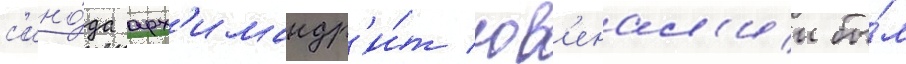
с'ино́да арх'имандр'и́т юв'енал'ии бы́л